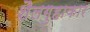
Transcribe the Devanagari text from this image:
शैलगुहाकार